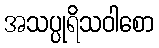
အသပ္ပုရိသဝါစော